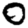
Digit: 0